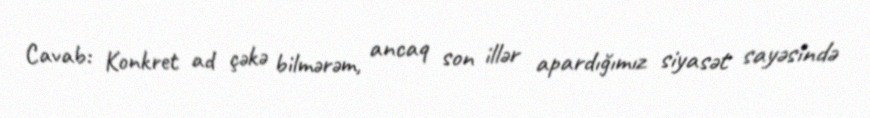
Cavab: Konkret ad çəkə bilmərəm, ancaq son illər apardığımız siyasət sayəsində